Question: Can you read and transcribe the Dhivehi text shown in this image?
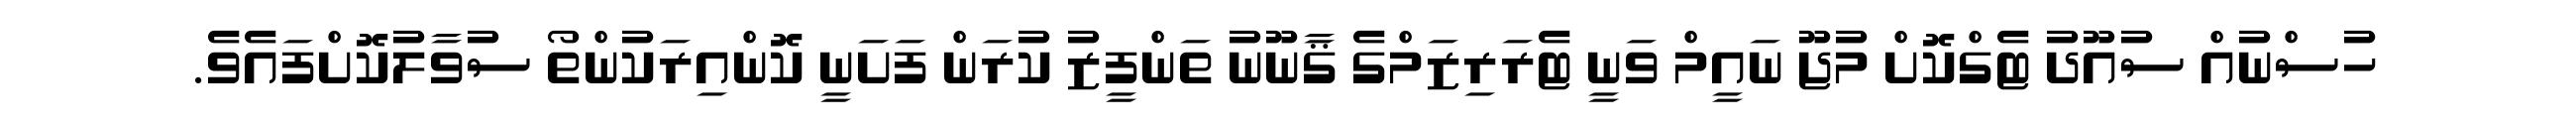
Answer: ހުސްނުއް ސުއޫދު ޓެގްކޮށް މުޖޫ ނައީމް ވަނީ ޓެރަރިޒަމްގެ ޤާނޫނު ތަންފީޒު ކުރަން ފަށަނީ ކޮންއިރަކުންތޯ ސުވާލުކޮށްފައެވެ.